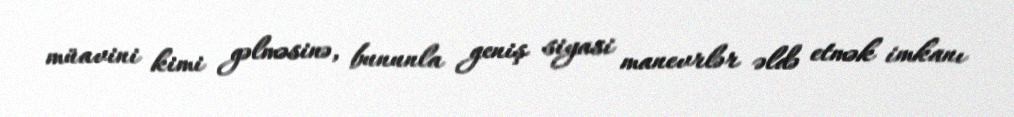
müavini kimi gəlməsinə, bununla geniş siyasi manevrlər əldə etmək imkanı